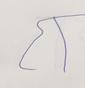
Signature authenticity: forged